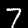
Label: 7